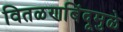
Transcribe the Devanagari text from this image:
वितळणबिंदूमुळे